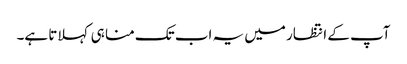
آپ کے انتظار میں یہ اب تک منا ہی کہلاتا ہے۔